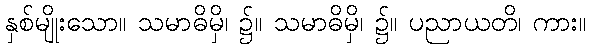
နှစ်မျိုးသော။ သမာဓိမှိ၊ ၌။ သမာဓိမှိ၊ ၌။ ပညာယတိ၊ ကား။